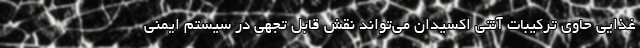
غذایی حاوی ترکیبات آنتی اکسیدان می‌تواند نقش قابل تجهی در سیستم ایمنی